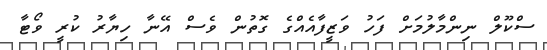
ސްކޫލް ނިންމާލުމަށް ފަހު ވަޒީފާއެއްގެ ގޮތުން ވެސް އޭނާ ހިޔާރު ކުރީ ވޯޓާ